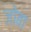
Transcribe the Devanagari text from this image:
जोबा